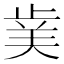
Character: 𭭥